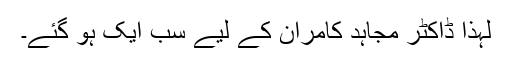
لہذا ڈاکٹر مجاہد کامران کے لیے سب ایک ہو گئے۔